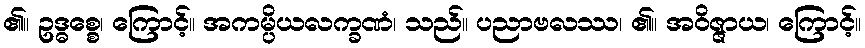
၏။ ဥဒ္ဓစ္စေ၊ ကြောင့်။ အကမ္ပိယလက္ခဏံ၊ သည်။ ပညာဗလဿ၊ ၏။ အဝိဇ္ဇာယ၊ ကြောင့်။